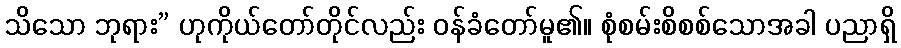
သိသော ဘုရား” ဟုကိုယ်တော်တိုင်လည်း ဝန်ခံတော်မူ၏။ စုံစမ်းစိစစ်သောအခါ ပညာရှိ